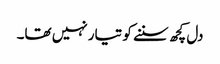
دل کچھ سننے کو تیار نہیں تھا۔